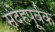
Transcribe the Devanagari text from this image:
संदेहपूर्वक